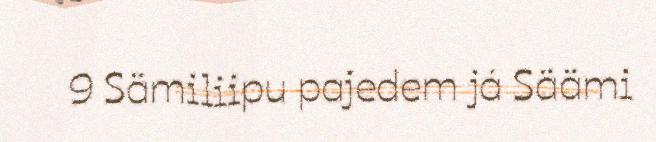
9 Sämiliipu pajedem já Säämi